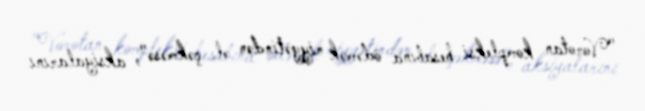
"Vorotan kompleksi hesabına ödəmək niyyətindən əl çəkməsə", aksiyalarını